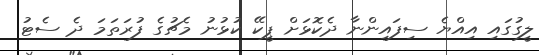
ލީގުގައި އިއްޔެ ސިފައިންނާ ދެކޮޅަށް ޕީކޭ ކުޅުނު މެޗުގެ ފުރަތަމަ ދެ ސެޓު